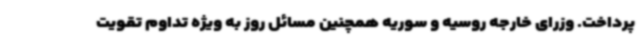
پرداخت. وزرای خارجه روسیه و سوریه همچنین مسائل روز به ویژه تداوم تقویت